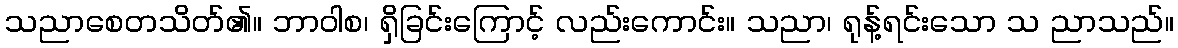
သညာစေတသိတ်၏။ ဘာဝါစ၊ ရှိခြင်းကြောင့် လည်းကောင်း။ သညာ၊ ရုန့်ရင်းသော သ ညာသည်။